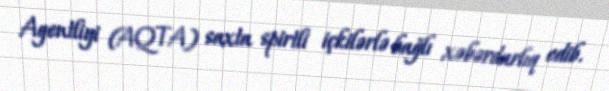
Agentliyi (AQTA) saxta spirtli içkilərlə bağlı xəbərdarlıq edib.